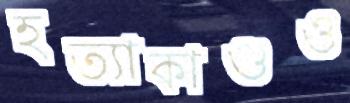
হত্যাকাণ্ডও